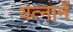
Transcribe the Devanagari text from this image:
यत्नानें